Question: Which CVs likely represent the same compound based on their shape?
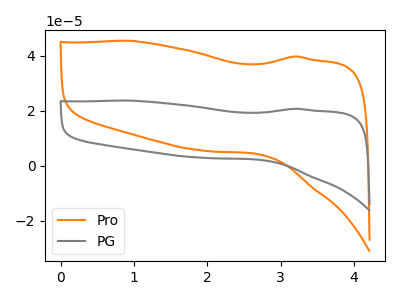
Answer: <think>The orange curve "Pro" has no peaks. The gray curve "PG" has no peaks.
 Neither "Pro" or "PG" have any peaks.</think>
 <answer>"Pro" and "PG" have the same shape and are likely CV's of the same chemical.</answer>
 <eval>"Pro" "PG"</eval>